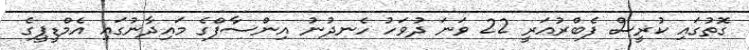
ގޮތުގައި ކުރީސް ފެބްރުއަރީ 22 ވަނަ ދުވަހު ހެނދުނު އިންސާފްގެ މައިދާނުގައި އެމްޑީޕީގެ